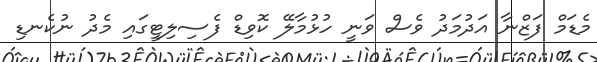
މެޑަމް ފަޒްނާ އަދުމަދު ވެސް ވަނީ ހުޅުމާލޭ ކޮވިޑް ފެސިލިޓީގައި މެދު ނުކެނޑި